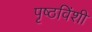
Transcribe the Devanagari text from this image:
पृष्ठविंशी